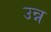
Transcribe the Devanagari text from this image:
उन्न